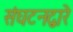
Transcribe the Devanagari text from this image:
संघटनद्वारे